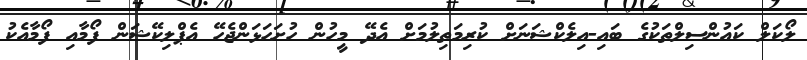
ލޯކަލް ކައުންސިލްތަކުގެ ބައި-އިލެކްޝަނަށް ކުރިމަތިލުމަށް އެދޭ މީހުން ހުށަހަޅަންޖެހޭ އެޕްލިކޭޝަން ފޯމާއި ފޯމާއެކު